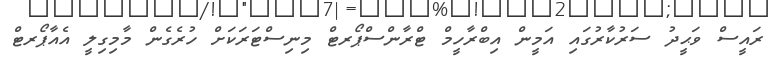
ރައީސް ވަޙީދު ސަރުކާރުގައި އަމީން އިބްރާހީމް ޓްރާންސްޕޯރޓް މިނިސްޓަރަކަށް ހުރެގެން މާމިގިލީ އެއާޕޯރޓް